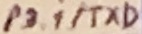
Text: P3.1/TXD